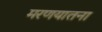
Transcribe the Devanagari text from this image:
मरणयातना